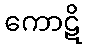
ကောဋိ